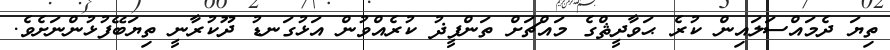
ތިޔަ ދެމައްސަލައިން ކުރެ ޙަވާދީޘްގެ މައްޗަށް ތަންފީޛު ކުރެއްވުން އަޅުގަނޑު ދޫކުރާނީ ތިޔަބޭފުޅުންނަށެވެ.